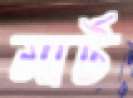
মার্ট